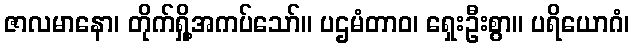
ဇာလမာနော၊ တိုက်ရှို့အကပ်သော်။ ပဌမံတာဝ၊ ရှေးဦးစွာ။ ပရိယောဂံ၊